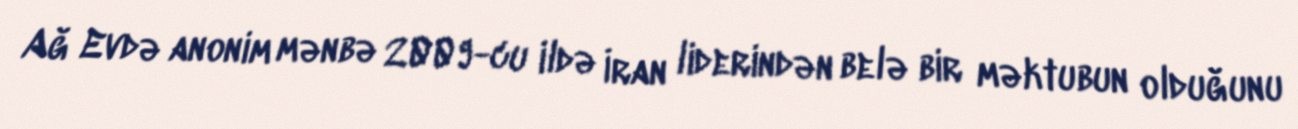
Ağ Evdə anonim mənbə 2009-cu ildə İran liderindən belə bir məktubun olduğunu